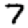
Digit: 7